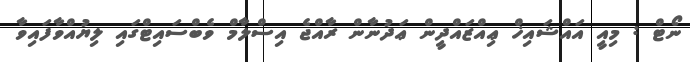
ނޯޓް : މިއީ އައްޝައިޚް ޢިއްޒައްދީން ޢަދުނާން ރާއްޖެ އިސްލާމް ވެބްސައިޓްގައި ލިޔުއްވާފައިވާ